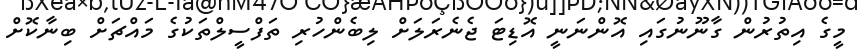
މީގެ އިތުރުން ގާނޫނުގައި އޮންނަނީ އޮޑިޓަ ޖެނެރަލަށް ލިބެންހުރި ތަފްސީލްތަކުގެ މައްޗަށް ބިނާކޮށް